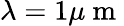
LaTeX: \lambda=1\mu\mathrm{~m~}